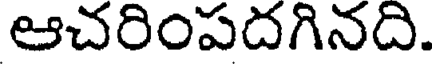
ఆచరింపదగినది.